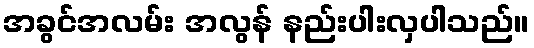
အခွင်အလမ်း အလွန် နည်းပါးလှပါသည်။